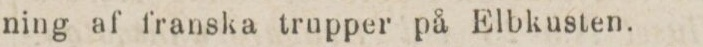
ning af franska trupper på Elbkusten.